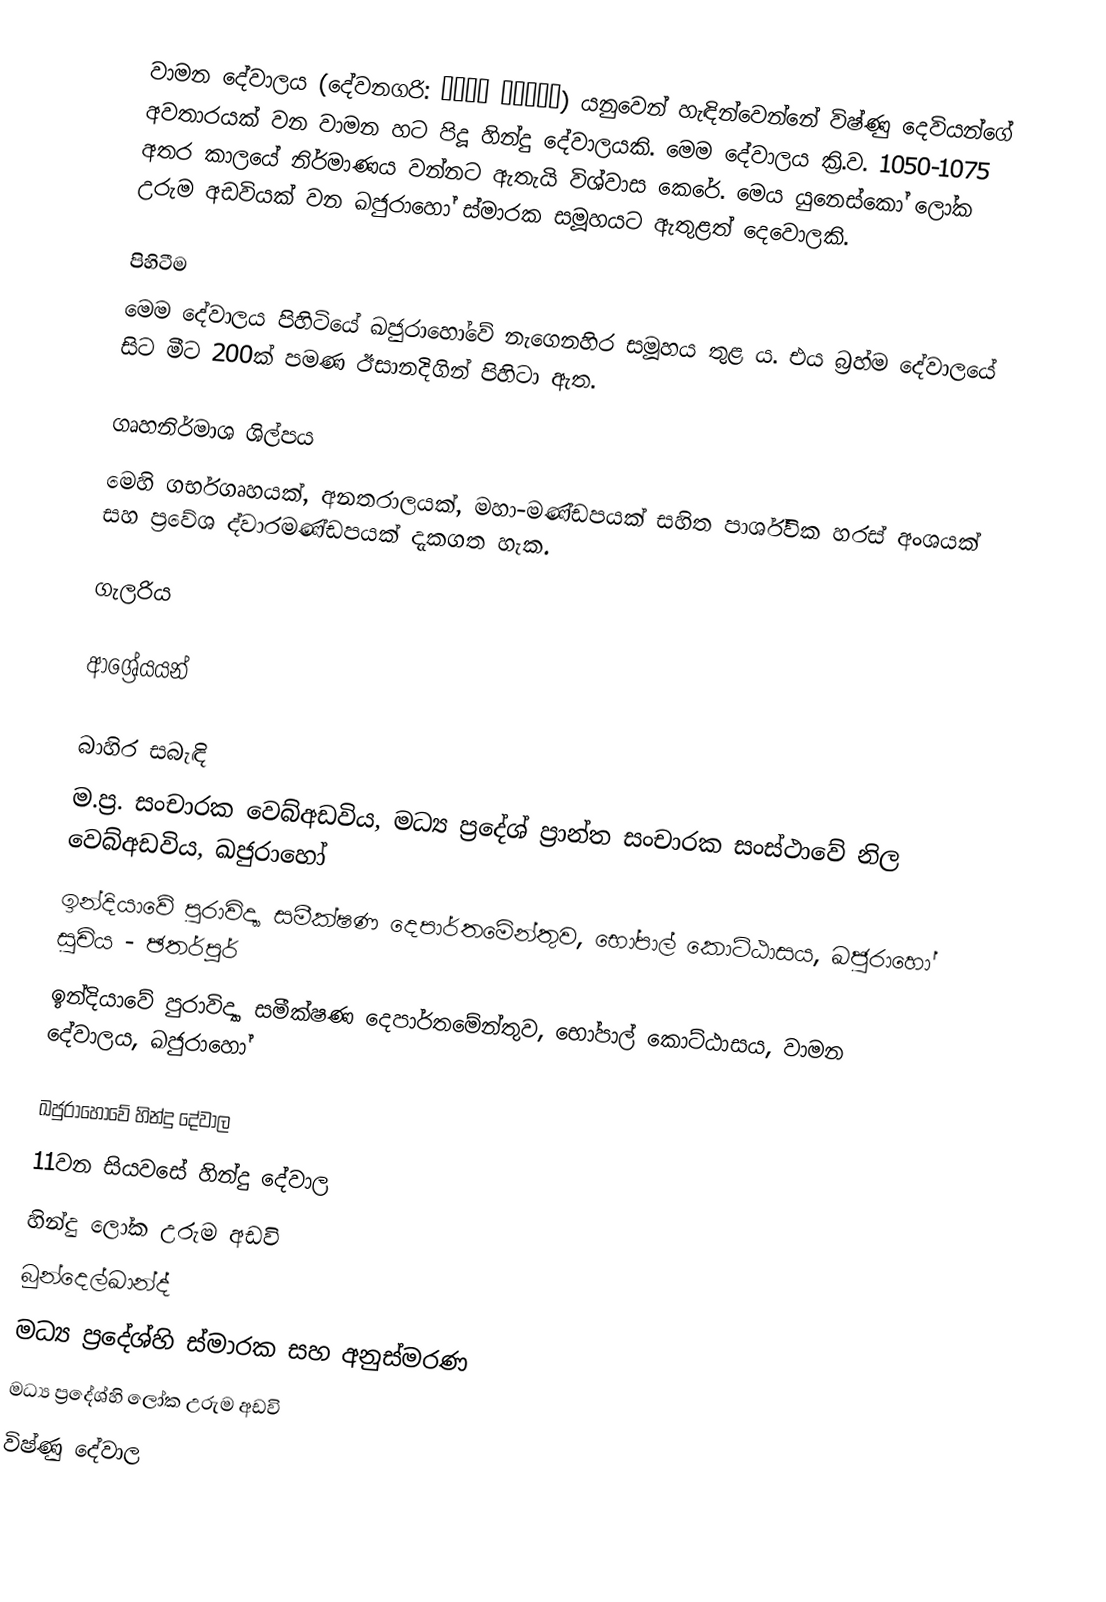
වාමන දේවාලය (දේවනගරි: वामन मंदिर) යනුවෙන් හැඳින්වෙන්නේ විෂ්ණු දෙවියන්ගේ අවතාරයක් වන වාමන හට පිදූ හින්දු දේවාලයකි. මෙම දේවාලය ක්‍රි.ව. 1050-1075 අතර කාලයේ නිර්මාණය වන්නට ඇතැයි විශ්වාස කෙරේ. මෙය යුනෙස්කෝ ලෝක උරුම අඩවියක් වන ඛජුරාහෝ ස්මාරක සමූහයට ඇතුළත් දෙවොලකි.

පිහිටීම
මෙම දේවාලය පිහිටියේ ඛජුරාහෝවේ නැගෙනහිර සමූහය තුළ ය. එය බ්‍රහ්ම දේවාලයේ සිට මීට 200ක් පමණ ඊසානදිගින් පිහිටා ඇත.

ගෘහනිර්මාශ ශිල්පය
මෙහි ගර්භගෘහයක්, අනතරාලයක්, මහා-මණ්ඩපයක් සහිත පාර්ශ්වික හරස් අංශයක් සහ ප්‍රවේශ ද්වාරමණ්ඩපයක් දැකගත හැක.

ගැලරිය

ආශ්‍රේයයන්

බාහිර සබැඳි
 ම.ප්‍ර. සංචාරක වෙබ්අඩවිය, මධ්‍ය ප්‍රදේශ් ප්‍රාන්ත සංචාරක සංස්ථාවේ නිල වෙබ්අඩවිය, ඛජුරාහෝ
 ඉන්දියාවේ පුරාවිද්‍යා සමීක්ෂණ දෙපාර්තමේන්තුව, භෝපාල් කොට්ඨාසය, ඛජුරාහෝ සුචිය - ඡතර්පූර්
 ඉන්දියාවේ පුරාවිද්‍යා සමීක්ෂණ දෙපාර්තමේන්තුව, භෝපාල් කොට්ඨාසය, වාමන දේවාලය, ඛජුරාහෝ

ඛජුරාහෝවේ හින්දු දේවාල
11වන සියවසේ හින්දු දේවාල
හින්දු ලෝක උරුම අඩවි
බුන්දෙල්ඛාන්ද්
මධ්‍ය ප්‍රදේශ්හි ස්මාරක සහ අනුස්මරණ
මධ්‍ය ප්‍රදේශ්හි ලෝක උරුම අඩවි
විෂ්ණු දේවාල